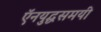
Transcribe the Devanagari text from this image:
ऍनयुद्धसमयी